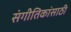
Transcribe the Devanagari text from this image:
संगीतिकांसाठी